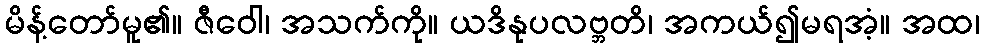
မိန့်တော်မူ၏။ ဇီဝေါ၊ အသက်ကို။ ယဒိနုပလဗ္ဘတိ၊ အကယ်၍မရအံ့။ အထ၊